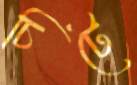
চিটে